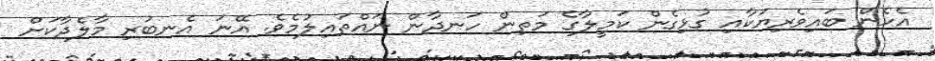
އެހެން ބައިވެރިޔަކާއި ގުޅިގެން ކަމީލާގެ މަތިން ހަނދާން ނައްތައިލުމެވެ. އޭނަ އެނބުރި މާލެދާކަށް